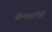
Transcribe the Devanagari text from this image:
बेल्लारीची